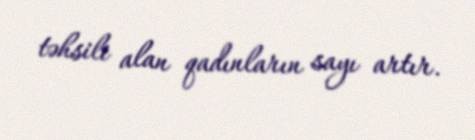
təhsili alan qadınların sayı artır.